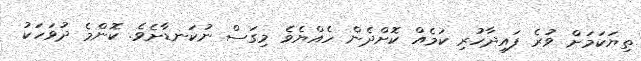
ތިޔަކަމަށް ވުރެ ފައިދާހުރި ކަމެއް ކޮށްދެން ހެއްޔެވެ މިގަސް ނުކަނޑާށެވެ. ކޮންމެ ދުވަހަކު